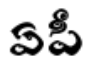
ఏపీ